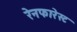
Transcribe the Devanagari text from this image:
रेनफारेस्ट